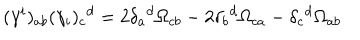
LaTeX: ( \gamma ^ { i } ) _ { a b } ( \gamma _ { i } ) _ { c } { } ^ { d } = 2 \delta _ { a } { } ^ { d } \Omega _ { c b } - 2 \delta _ { b } { } ^ { d } \Omega _ { c a } - \delta _ { c } { } ^ { d } \Omega _ { a b }